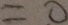
= 0